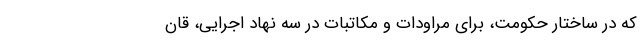
که در ساختار حکومت، برای مراودات و مکاتبات در سه نهاد اجرایی، قان